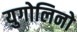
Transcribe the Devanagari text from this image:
युगोलिनो